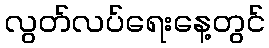
လွတ်လပ်ရေးနေ့တွင်